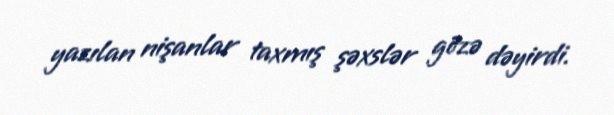
yazılan nişanlar taxmış şəxslər gözə dəyirdi.